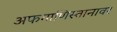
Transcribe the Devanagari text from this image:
अफगाणिस्तानावर